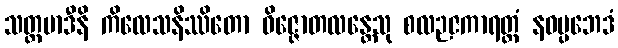
သတ္တမာဒီနိ ကိလေသနိဿိတော ဝိဇ္ဇောတလန္တေသု စလဉဇကာရတ္တံ နဝပ္ပဘေဒံ